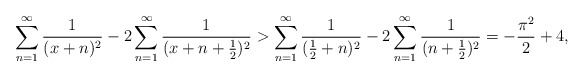
\begin{align*}\sum_{n=1}^\infty \frac{1}{(x+n)^2} - 2\sum_{n=1}^\infty \frac{1}{(x+n+\frac12)^2} > \sum_{n=1}^\infty \frac{1}{(\frac12+n)^2} - 2\sum_{n=1}^\infty \frac{1}{(n+\frac12)^2} = -\frac{\pi^2}{2}+4,\end{align*}